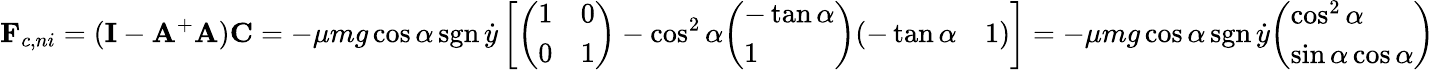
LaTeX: \mathbf{F}_{c,ni}=(\mathbf{I}-\mathbf{A}^{+}\mathbf{A})\mathbf{C}=-\mu mg\cos\alpha\operatorname{sgn}{\dot{y}}\left[{\left(\begin{array}{ll}{1}&{0}\\ {0}&{1}\end{array}\right)}-\cos^{2}\alpha{\left(\begin{array}{l}{-\tan\alpha}\\ {1}\end{array}\right)}{\left(\begin{array}{ll}{-\tan\alpha}&{1}\end{array}\right)}\right]=-\mu mg\cos\alpha\operatorname{sgn}{\dot{y}}{\left(\begin{array}{l}{\cos^{2}\alpha}\\ {\sin\alpha\cos\alpha}\end{array}\right)}